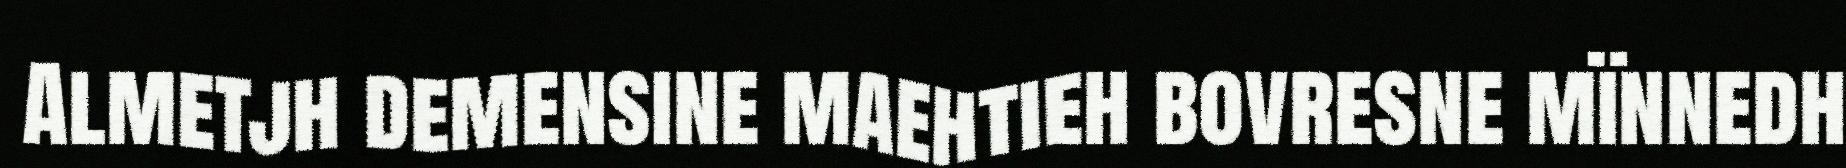
Almetjh demensine maehtieh bovresne mïnnedh